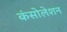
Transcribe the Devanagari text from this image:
कंसोलेशन